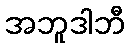
အဘူဒါဘီ